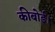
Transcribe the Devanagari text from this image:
कीबोर्ड।